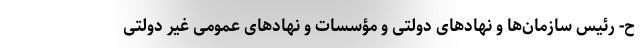
ح- رئیس سازمان‌ها و نهادهای دولتی و مؤسسات و نهادهای عمومی غیر دولتی